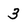
Character: 3